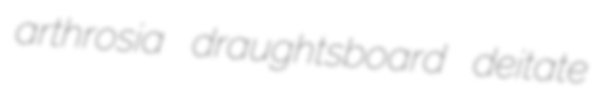
arthrosia draughtsboard deitate